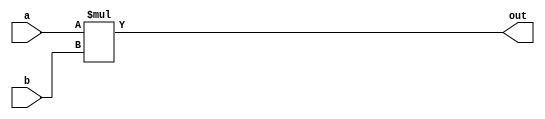
// This program was cloned from: https://github.com/kevinwguan/tt06-SAP-1_Computer-
// License: Apache License 2.0

`default_nettype none
`timescale 1ns/1ps
module multiplier(
    input[7:0] a,
    input[7:0] b,
    output[7:0] out
    );

    assign out = a * b;

endmodule